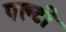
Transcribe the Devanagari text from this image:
पल्टी